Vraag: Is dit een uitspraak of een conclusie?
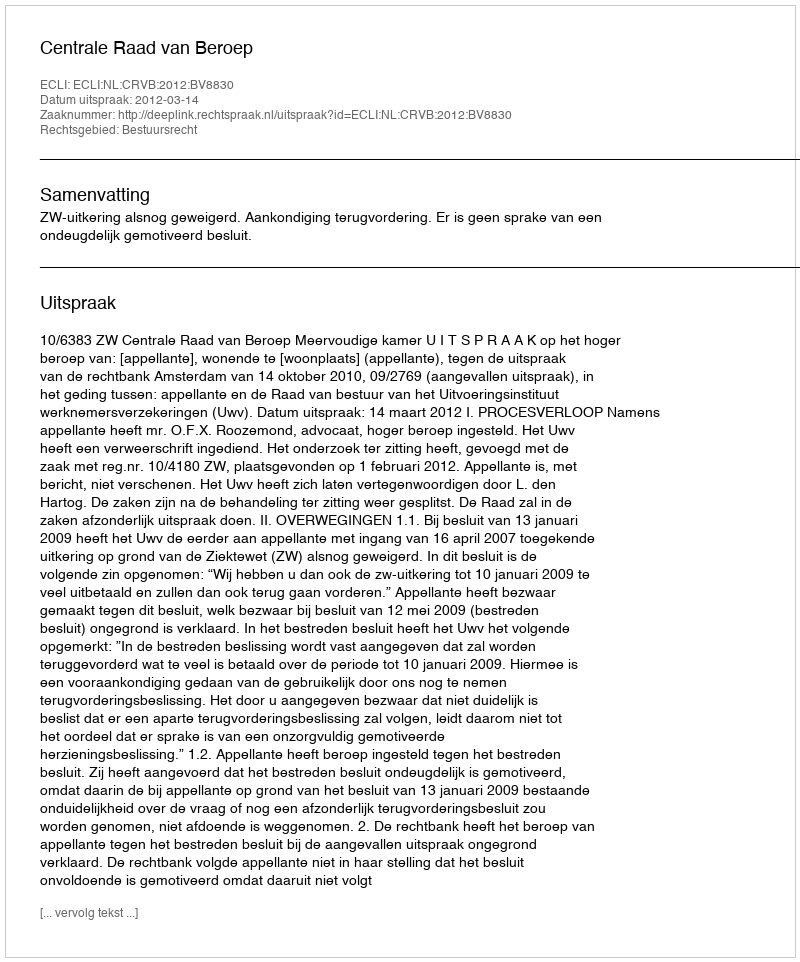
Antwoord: Uitspraak